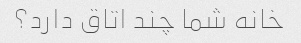
خانه شما چند اتاق دارد؟